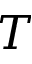
T